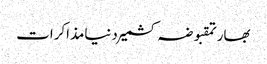
بھارتمقبوضہ کشمیردنیامذاکرات